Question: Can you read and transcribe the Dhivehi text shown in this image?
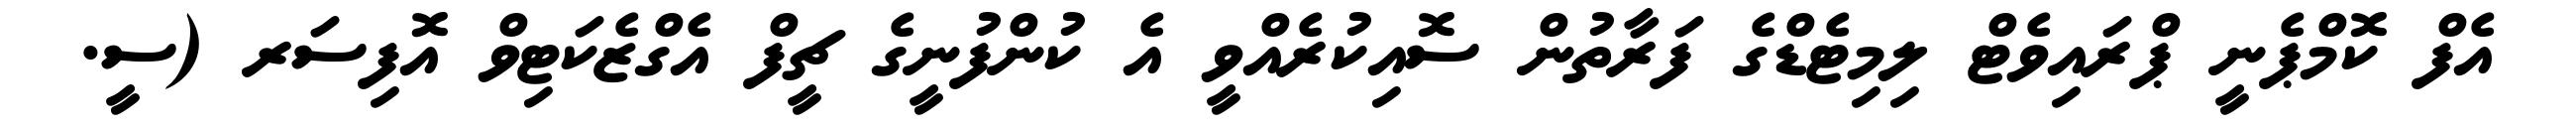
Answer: އެފް ކޮމްޕެނީ ޕްރައިވެޓް ލިމިޓެޑްގެ ފަރާތުން ސޮއިކުރެއްވީ އެ ކުންފުނީގެ ޗީފް އެގްޒެކަޓިވް އޮފިސަރ (ސީ.